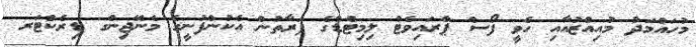
މުހައްމަދު މުއިއްޒުއާއި ހެވީ ފޯސް ޕްރައިވެޓް ލިމިޓެޑްގެ ފަރާތުން އެކުންފުނީގެ މެނޭޖިންގ ޑިރެކްޓަރ